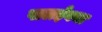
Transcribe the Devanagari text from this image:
पालईवना